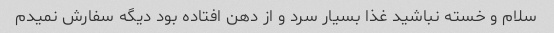
سلام و خسته نباشید غذا بسیار سرد و از دهن افتاده بود دیگه سفارش نمیدم